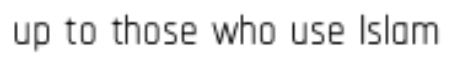
up to those who use Islam